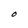
Character: O